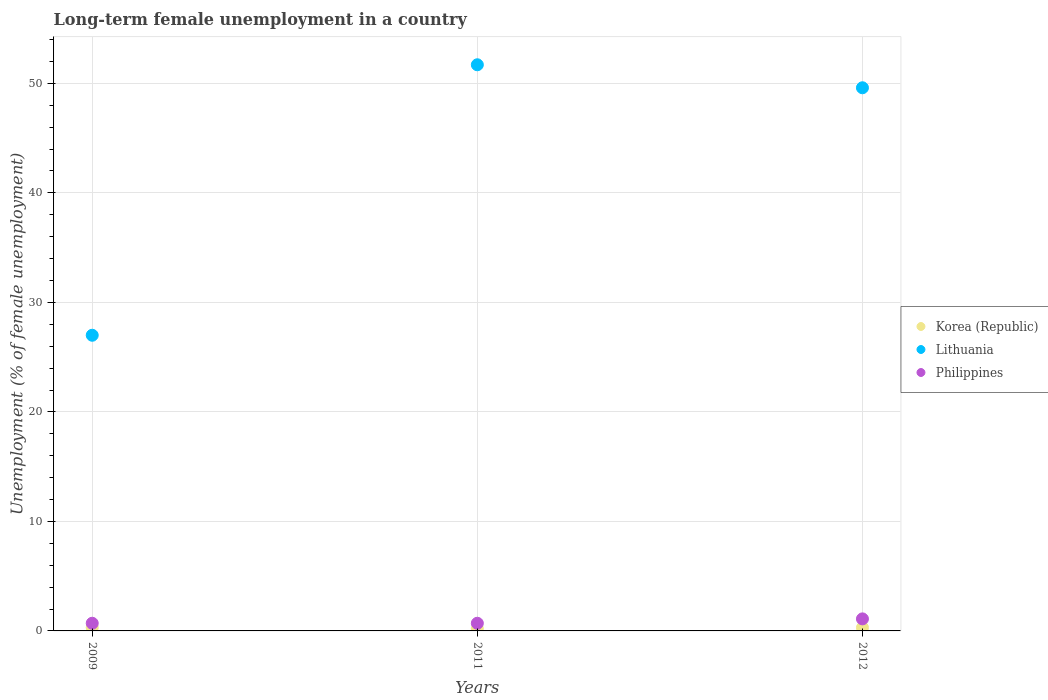
| Years | Korea (Republic) | Lithuania | Philippines |
 | --- | --- | --- | --- |
 | 2009 | 0.3 | 27 | 0.7 |
 | 2011 | 0.2 | 51.7 | 0.7 |
 | 2012 | 0.3 | 49.6 | 1.1 |